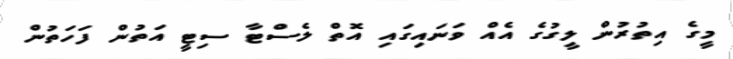
މީގެ އިތުރުން ލީގުގެ އެއް ވަނައިގައި އޮތް ލެސްޓާ ސިޓީ އަތުން ފަހަތުން